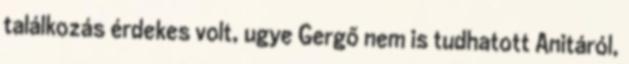
találkozás érdekes volt, ugye Gergő nem is tudhatott Anitáról,